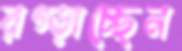
রগ্‌ড়াচ্ছেন